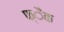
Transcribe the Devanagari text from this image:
फ्ैंक